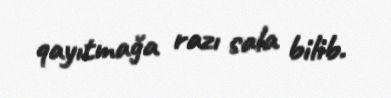
qayıtmağa razı sala bilib.